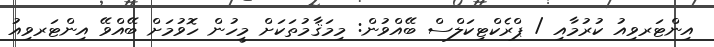
އިންޓަރވިއު ކުރުމާއި / ޕްރެކްޓިކަލްސް ބޭއްވުން: މިމަޤާމުތަކަށް މީހުން ހޮވުމަށް ބޭއްވޭ އިންޓަރވިއު